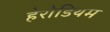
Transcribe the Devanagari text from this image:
हेरोडियम